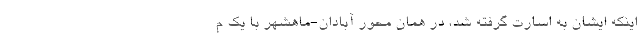
اینکه ایشان به اسارت گرفته شد، در همان محور آبادان-ماهشهر با یک م